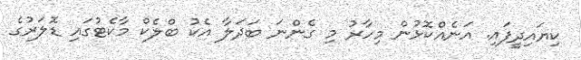
ކިޔައިދީފައި. އަނެއްކޮޅުން މިހާރު މި ގެންނަ ބަދަލާ އެކު ބްލެކް މާކެޓުގައި ޑޮލަރުގެ